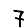
Digit: 7